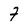
Character: 7